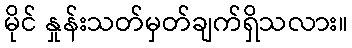
မိုင် နှုန်းသတ်မှတ်ချက်ရှိသလား။